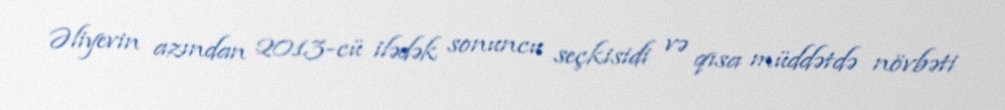
Əliyevin azından 2013-cü ilədək sonuncu seçkisidi və qısa müddətdə növbəti